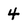
Character: 4